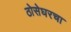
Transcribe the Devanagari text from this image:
ठोसेघरचा